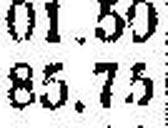
85.75